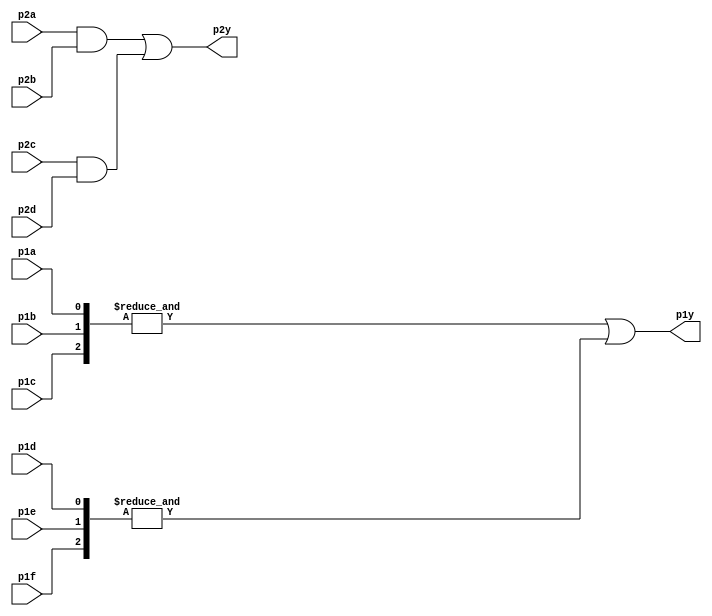
module top_module ( 
    input p1a, p1b, p1c, p1d, p1e, p1f,
    output p1y,
    input p2a, p2b, p2c, p2d,
    output p2y );
    
    wire a,b,c,d;
    
    assign a = p2a & p2b;
    assign b = p2c & p2d;
    assign c = &{p1a,p1b,p1c};
        assign d = &{p1d,p1e,p1f};
	assign p2y = a | b;
    assign p1y = c | d;

endmodule